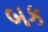
બક